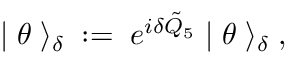
| \; \theta \; \rangle _ { \delta } \; : = \; e ^ { i \delta \tilde { Q } _ { 5 } } \; | \; \theta \; \rangle _ { \delta } \; ,